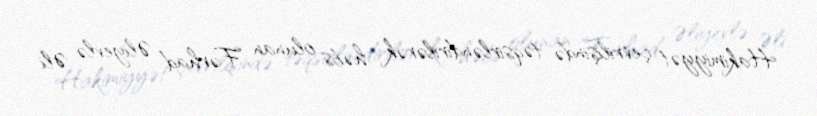
Hakimiyyət çevrilişində təqsirləndirilərək həbs olunan Fərhad Əliyevlə Əli